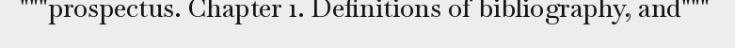
"""prospectus. Chapter 1. Definitions of bibliography, and"""